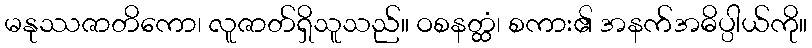
မနုဿဇာတိကော၊ လူဇာတ်ရှိသူသည်။ ဝစနတ္ထံ၊ စကား၏ အနက်အဓိပ္ပါယ်ကို။